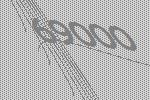
69000